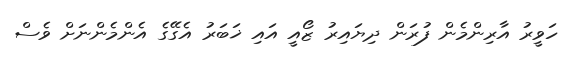
ހަވީރު އާރިންމެން ފުރަން ދިޔައިރު ޒޯއީ އައި ޚަބަރު އެގޭގެ އެންމެންނަށް ވެސް